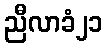
ညီလာခံ၂၁